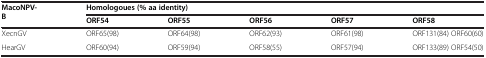
| <ROWSPAN=2> MacoNPV-B | <COLSPAN=5> Homologoues (% aa identity) |
 | ORF54 | ORF55 | ORF56 | ORF57 | ORF58 |
 | --- | --- | --- | --- | --- | --- |
 | XecnGV | ORF65(98) | ORF64(98) | ORF62(93) | ORF61(98) | ORF131(84) ORF60(60) |
 | HearGV | ORF60(94) | ORF59(94) | ORF58(55) | ORF57(94) | ORF133(89) ORF54(50) |